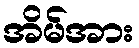
အိမ်အား